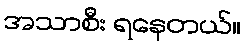
အသာစီး ရနေတယ်။